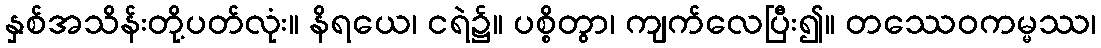
နှစ်အသိန်းတို့ပတ်လုံး။ နိရယေ၊ ငရဲ၌။ ပစ္စိတွာ၊ ကျက်လေပြီး၍။ တဿေဝကမ္မဿ၊